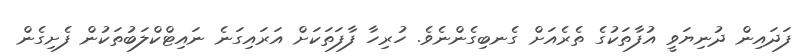
ފަދައިން ދުނިޔަވީ އުފާތަކުގެ ތެރެއަށް ގެނބިގެންނެވެ. ހުރިހާ ފާފަތަކަށް އަރައިގަނެ ނައިޓްކްލަބުތަކުން ފެށިގެން